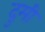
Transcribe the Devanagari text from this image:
दुमी